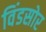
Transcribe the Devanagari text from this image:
विंडसोर